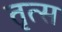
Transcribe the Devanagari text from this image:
तृत्स